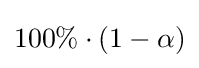
100\%\cdot (1-\alpha )